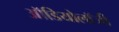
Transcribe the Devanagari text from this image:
ऑडियोलॉजी